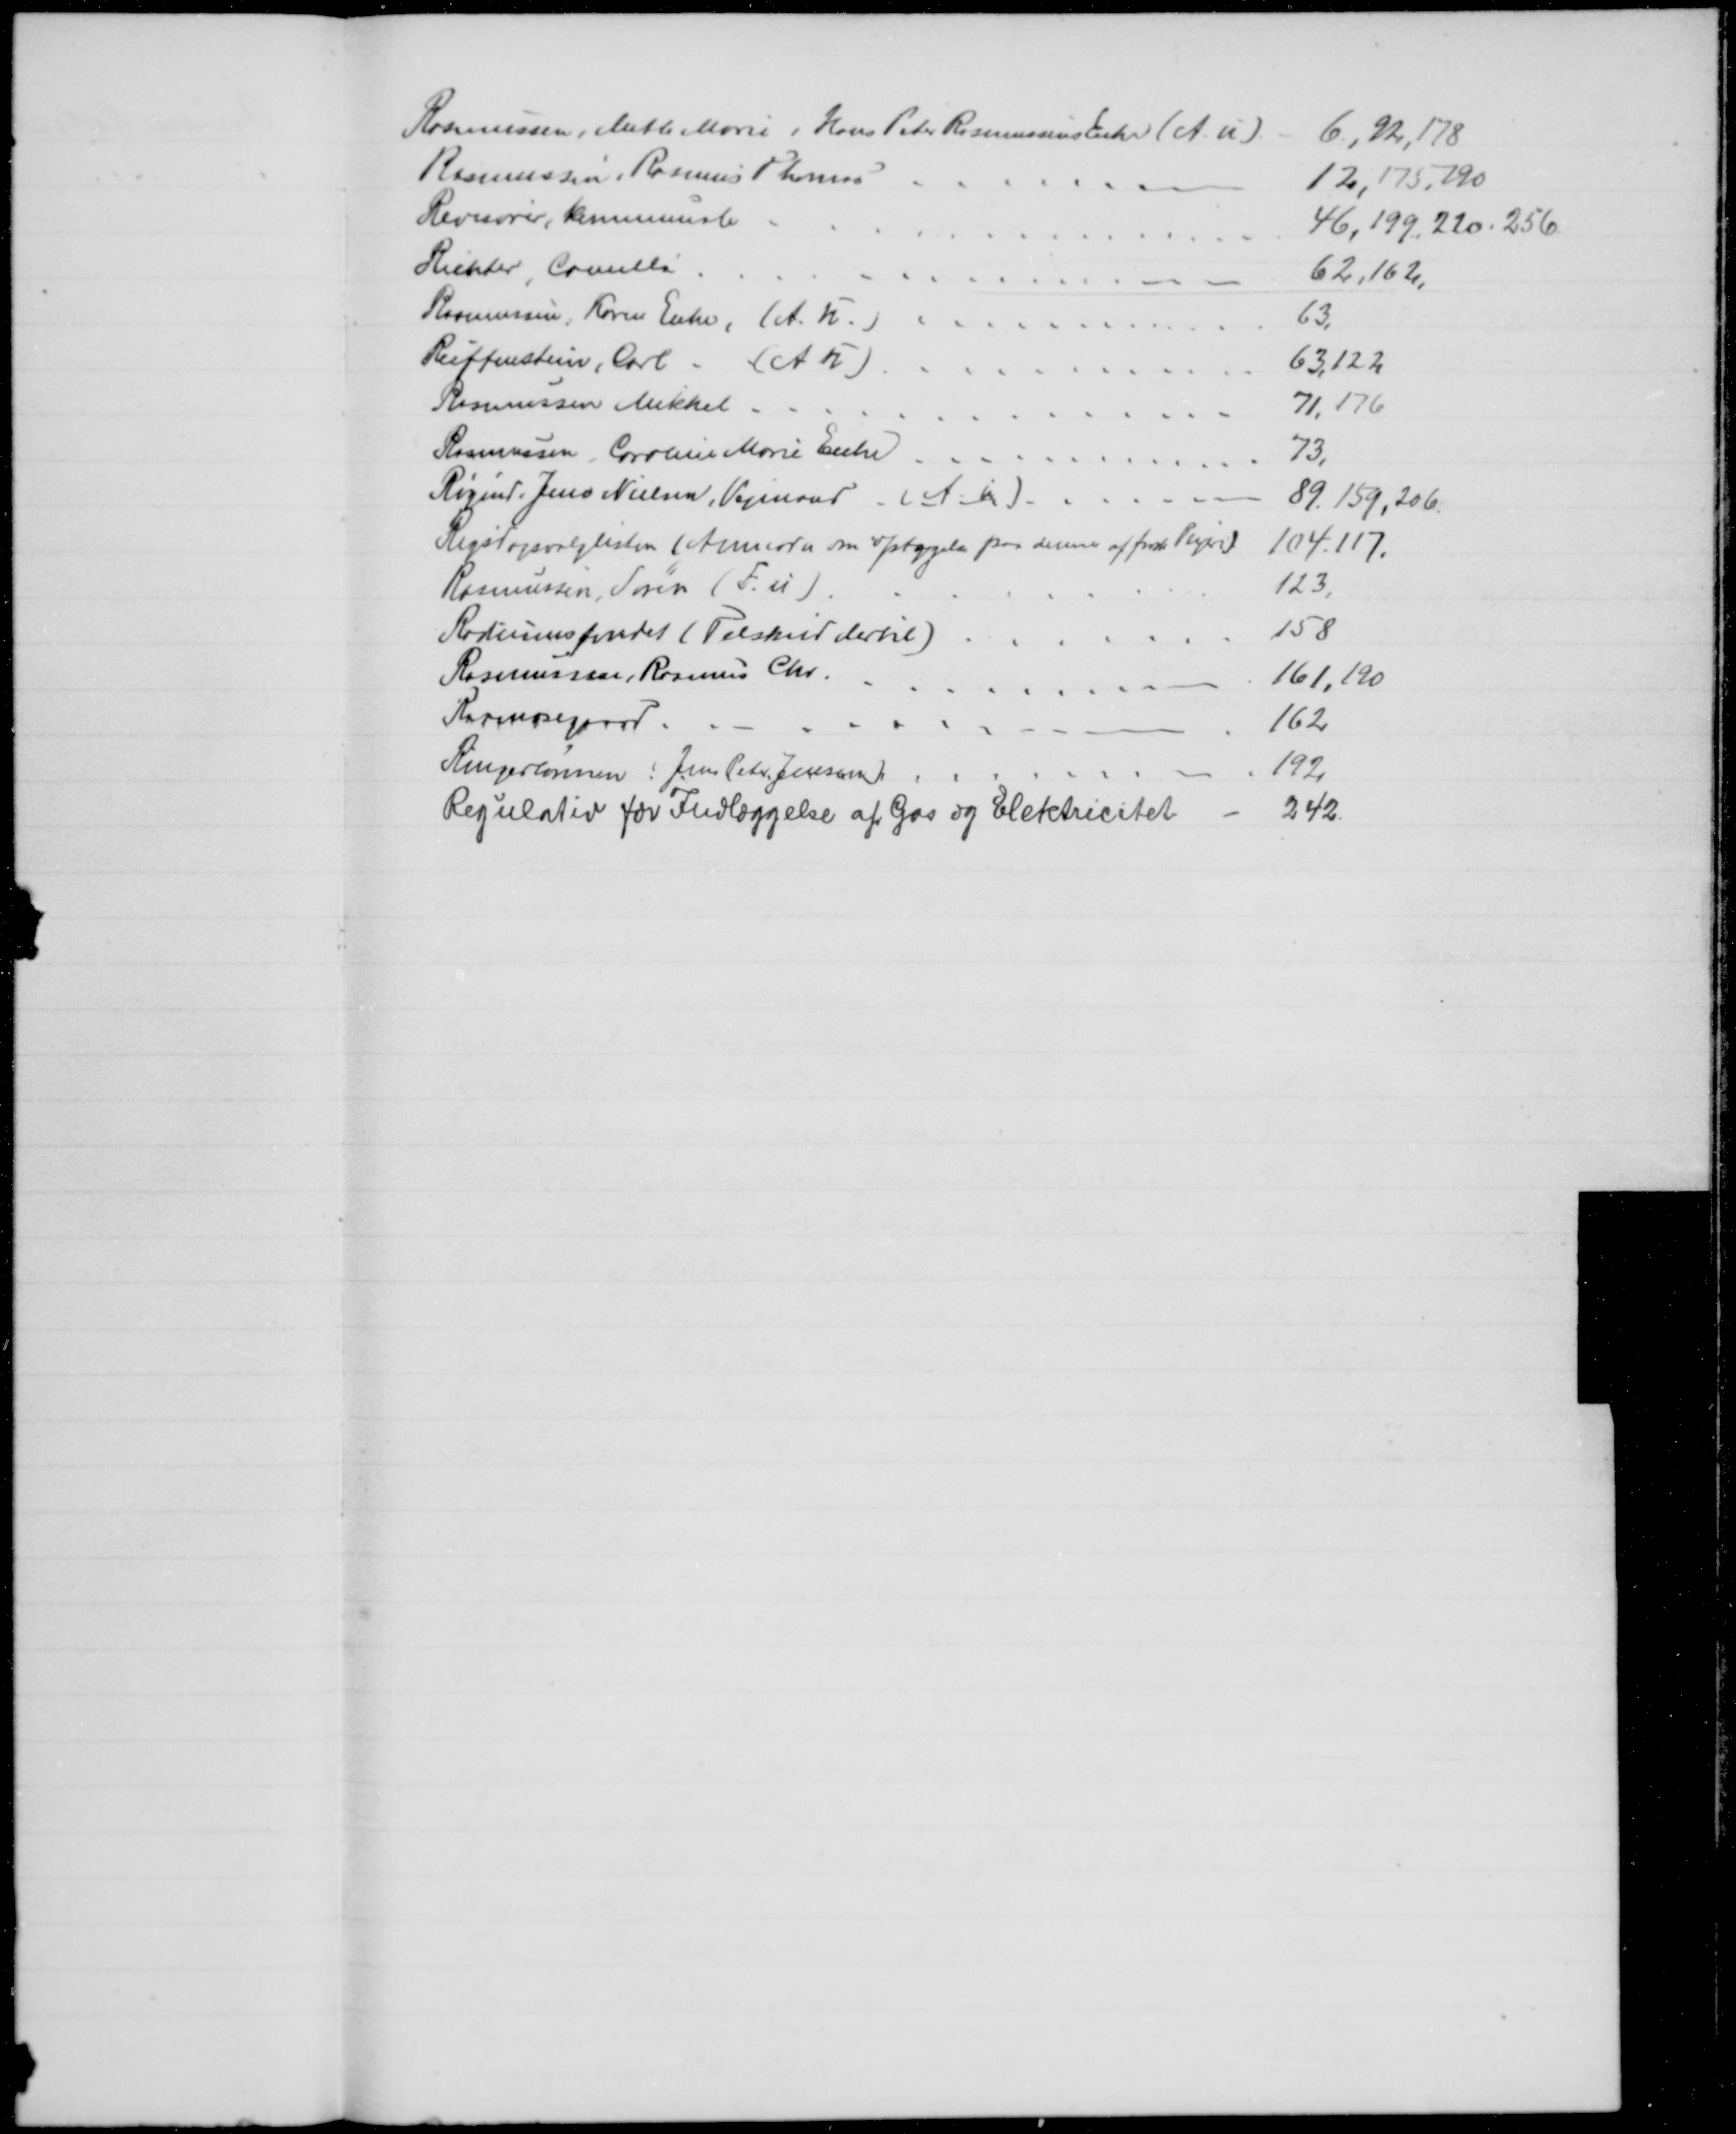
Transskription:
Rasmussen, Mette Marie, Hans Peter Rasmussens Enke (A. u)
6, 92,178
Rasmussen, Rasmus Thomas
12,175, 190
Revisorer, kommunale
46,199, 220. 256.
Richter, Camilla
62,162,
Rasmussen, Karen Enke (A. U.)
63
Reiffenstein, Carl. (A U)
63,122
Rasmussen Mikkel
71,176
Rasmussen, Caroline Marie Enke
73.
Røgind, Jens Nielsen, Vejmand. (A. u).
89. 159, 206.
Rigsdagsvalglisten (Anmodn. om optagelse paa denne af forsk. Plejere)
104.117.
Rasmussen, Søren (F. u).
123.
Radiumsfondet (Tilskud dertil)
158
Rasmussen, Rasmus Chr.
161,190
Raamosegaard
162
Ringerlønnen (Jens Peter Jensen)
192
Regulativ for Indlæggelse af Gas og Elektricitet
242.